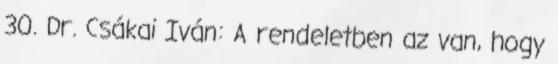
30. Dr. Csákai Iván: A rendeletben az van, hogy